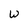
Character: w